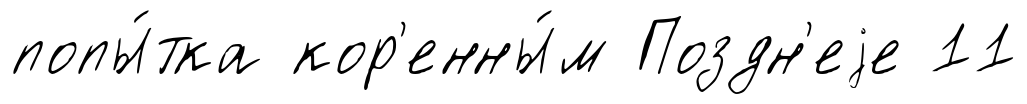
попы́тка кор'енны́м Поздн'еjе 11